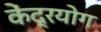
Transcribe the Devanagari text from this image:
केंद्रयोग